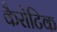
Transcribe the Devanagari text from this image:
कैरोटिक